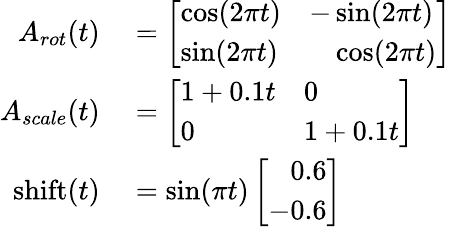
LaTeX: \begin{array}{rl}{A_{rot}(t)}&{{}=\left[\begin{array}{ll}{\cos(2\pi t)}&{-\sin(2\pi t)}\\ {\sin(2\pi t)}&{\phantom{-}\cos(2\pi t)}\end{array}\right]}\\ {A_{scale}(t)}&{{}=\left[\begin{array}{ll}{1+0.1t}&{0}\\ {0}&{1+0.1t}\end{array}\right]}\\ {\mathrm{shift}(t)}&{{}=\sin(\pi t)\left[\begin{array}{l}{\phantom{-}0.6}\\ {-0.6}\end{array}\right]}\end{array}